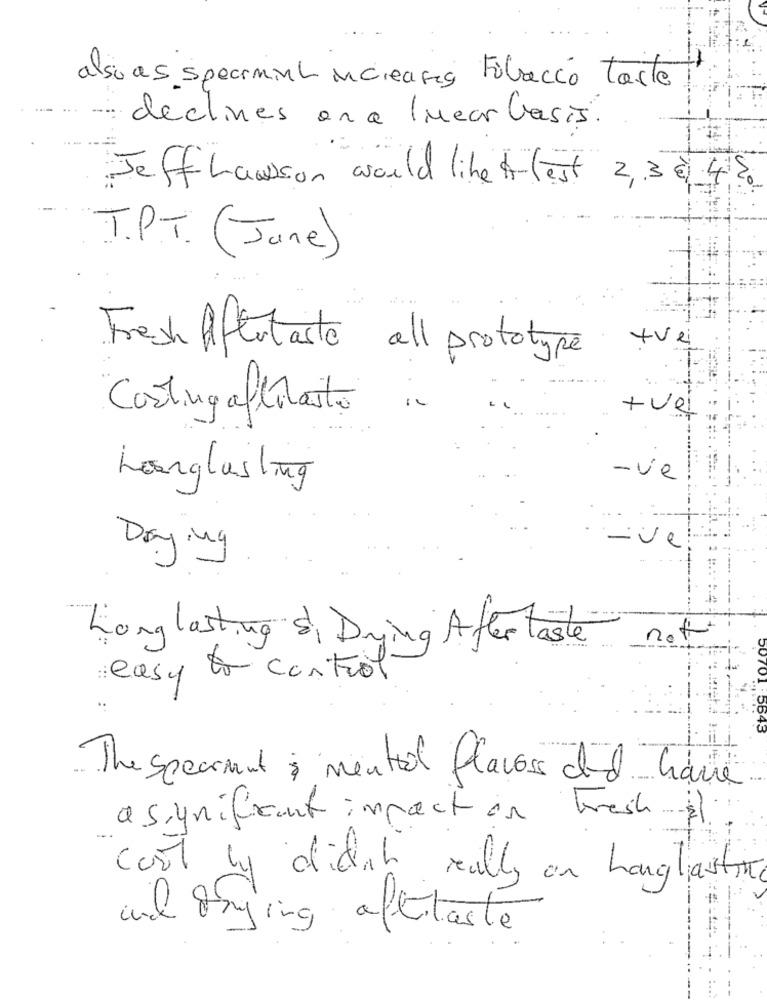
also as spearmint increases tobacco taste
declines en a (mear basis.
Jeff hausson would like Ar test
2,3 € 450
T.P.T. (June)
+ve
Fresh Aftertaste all prototype
Casting aftiraste
+vei
Longlasting
-vel
Drying
. - vel
Longlasting si Drying After taste
easy to control
The spearmint & mentool flavors did have
asignificant impact on Fresh
cool by didn't really on hanglasting
and trying aftertaste